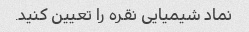
نماد شیمیایی نقره را تعیین کنید.